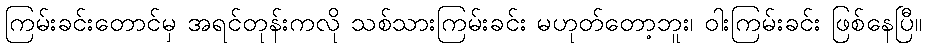
ကြမ်းခင်းတောင်မှ အရင်တုန်းကလို သစ်သားကြမ်းခင်း မဟုတ်တော့ဘူး၊ ဝါးကြမ်းခင်း ဖြစ်နေပြီ။